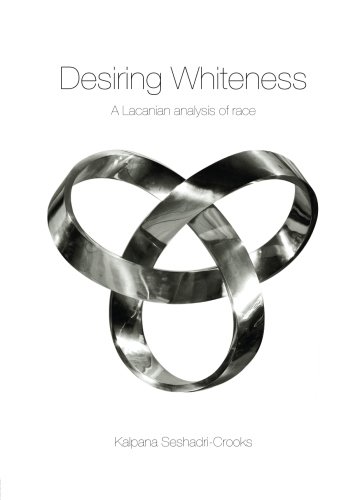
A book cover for Desiring Whiteness: A Lacanian Analysis of Race (Opening Out: Feminism for Today); Kalpana Seshadri-Crooks; Gay & Lesbian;